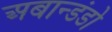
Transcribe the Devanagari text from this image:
अबान्डंडो